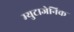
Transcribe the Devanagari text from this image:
म्युटाजेनिक